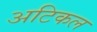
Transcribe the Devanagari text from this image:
अटिकल